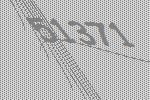
51371